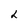
Character: 2